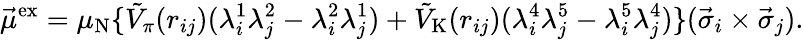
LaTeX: \vec{\mu}^{\mathrm{ex}}=\mu_{\mathrm{N}}\{ \tilde{V}_{\pi}(r_{ij})(\lambda_{i}^{1}\lambda_{j}^{2}-\lambda_{i}^{2}\lambda_{j}^{1})+\tilde{V}_{\mathrm{K}}(r_{ij})(\lambda_{i}^{4}\lambda_{j}^{5}-\lambda_{i}^{5}\lambda_{j}^{4})\} (\vec{\sigma}_{i}\times\vec{\sigma}_{j}).